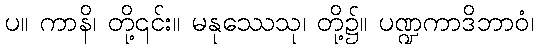
ပ။ ကာနိ၊ တို့၎င်း။ မနုဿေသု၊ တို့၌။ ပဏ္ဍကာဒိဘာဝံ၊